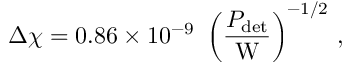
\Delta \chi = 0 . 8 6 \times 1 0 ^ { - 9 } \, \, \left( \frac { P _ { \mathrm { d e t } } } { \mathrm { W } } \right) ^ { - 1 / 2 } \, ,